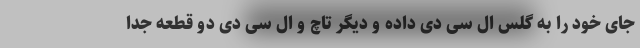
جای خود را به گلس ال سی دی داده و دیگر تاچ و ال سی دی دو قطعه جدا